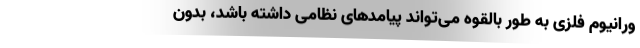
ورانیوم فلزی به طور بالقوه می‌تواند پیامدهای نظامی داشته باشد، بدون